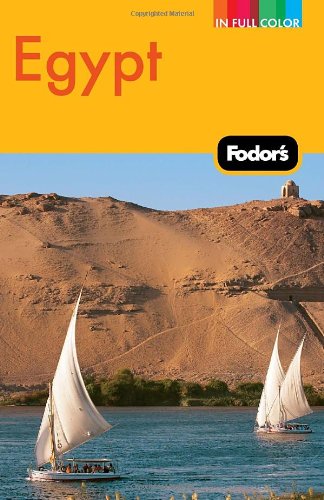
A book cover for Fodor's Egypt (Full-color Travel Guide); Fodor's; Travel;